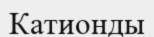
Катионды